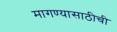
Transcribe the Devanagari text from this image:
मागण्यासाठीची